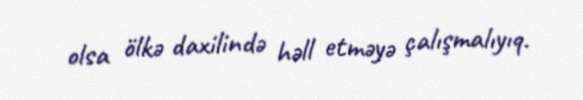
olsa ölkə daxilində həll etməyə çalışmalıyıq.